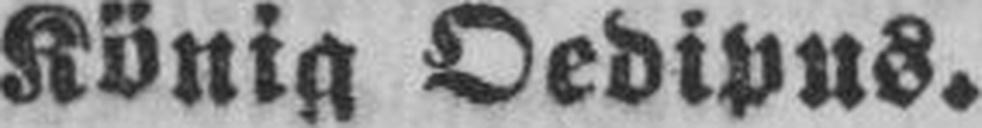
König Oedipus.